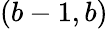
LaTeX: (b-1,b)